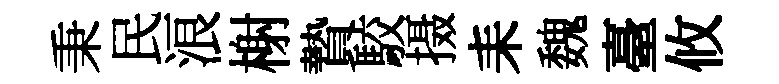
秉民浪榭贄駮摄耒魏臺攸